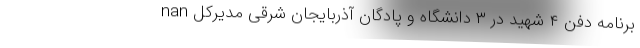
nan برنامه دفن ۴ شهید در ۳ دانشگاه و پادگان آذربایجان شرقی مدیرکل